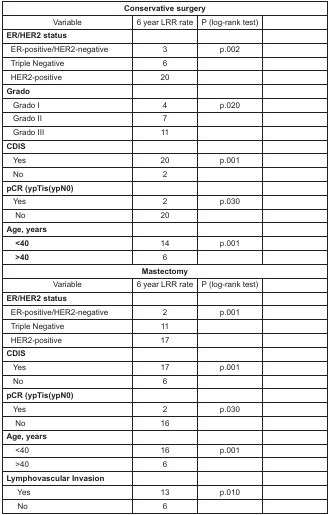
<table><thead><tr><td colspan="4"><b>Conservative surgery</b></td></tr></thead><tbody><tr><td>Variable</td><td>6 year LRR rate</td><td>P (log-rank test)</td><td></td></tr><tr><td><b>ER/HER2 status</b></td><td></td><td></td><td></td></tr><tr><td>ER-positive/HER2-negative</td><td>3</td><td>p.002</td><td></td></tr><tr><td>Triple Negative</td><td>6</td><td></td><td></td></tr><tr><td>HER2-positive</td><td>20</td><td></td><td></td></tr><tr><td><b>Grado</b></td><td></td><td></td><td></td></tr><tr><td>Grado I</td><td>4</td><td>p.020</td><td></td></tr><tr><td>Grado II</td><td>7</td><td></td><td></td></tr><tr><td>Grado III</td><td>11</td><td></td><td></td></tr><tr><td><b>CDIS</b></td><td></td><td></td><td></td></tr><tr><td>Yes</td><td>20</td><td>p.001</td><td></td></tr><tr><td>No</td><td>2</td><td></td><td></td></tr><tr><td><b>pCR (ypTis(ypN0)</b></td><td></td><td></td><td></td></tr><tr><td>Yes</td><td>2</td><td>p.030</td><td></td></tr><tr><td>No</td><td>20</td><td></td><td></td></tr><tr><td><b>Age, years</b></td><td></td><td></td><td></td></tr><tr><td><b> &lt;40</b></td><td>14</td><td>p.001</td><td></td></tr><tr><td><b> &gt;40</b></td><td>6</td><td></td><td></td></tr><tr><td colspan="4"><b>Mastectomy</b></td></tr><tr><td>Variable</td><td>6 year LRR rate</td><td>P (log-rank test)</td><td></td></tr><tr><td><b>ER/HER2 status</b></td><td></td><td></td><td></td></tr><tr><td>ER-positive/HER2-negative</td><td>2</td><td>p.001</td><td></td></tr><tr><td>Triple Negative</td><td>11</td><td></td><td></td></tr><tr><td>HER2-positive</td><td>17</td><td></td><td></td></tr><tr><td><b>CDIS</b></td><td></td><td></td><td></td></tr><tr><td>Yes</td><td>17</td><td>p.001</td><td></td></tr><tr><td>No</td><td>6</td><td></td><td></td></tr><tr><td><b>pCR (ypTis(ypN0)</b></td><td></td><td></td><td></td></tr><tr><td>Yes</td><td>2</td><td>p.030</td><td></td></tr><tr><td>No</td><td>16</td><td></td><td></td></tr><tr><td><b>Age, years</b></td><td></td><td></td><td></td></tr><tr><td>&lt;40</td><td>16</td><td>p.001</td><td></td></tr><tr><td>&gt;40</td><td>6</td><td></td><td></td></tr><tr><td><b>Lymphovascular Invasion</b></td><td></td><td></td><td></td></tr><tr><td>Yes</td><td>13</td><td>p.010</td><td></td></tr><tr><td>No</td><td>6</td><td></td><td></td></tr></tbody></table>